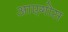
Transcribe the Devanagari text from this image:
आएगोस